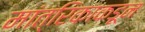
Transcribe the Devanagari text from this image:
मांत्रिकाकडून